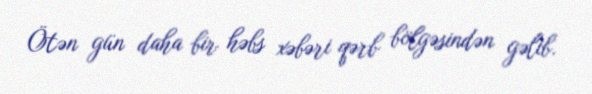
Ötən gün daha bir həbs xəbəri qərb bölgəsindən gəlib.